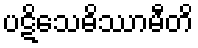
ပဋိသေဓိဿာမီတိ